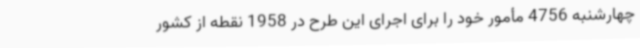
چهارشنبه 4756 مأمور خود را برای اجرای این طرح در 1958 نقطه از کشور